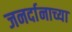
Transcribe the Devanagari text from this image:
जनर्दानाच्या